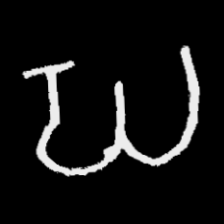
Pyu character \u2014 Myanmar letter: ဃ (romanized: gha)